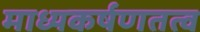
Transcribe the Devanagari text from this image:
माध्यकर्षणतत्व